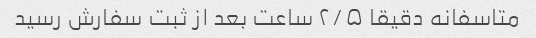
متاسفانه دقیقا ۲/۵ ساعت بعد از ثبت سفارش رسید